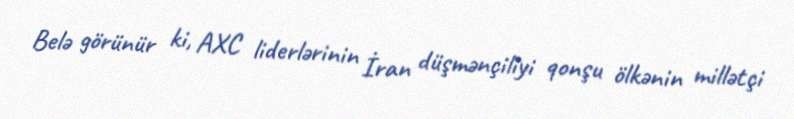
Belə görünür ki, AXC liderlərinin İran düşmənçiliyi qonşu ölkənin millətçi